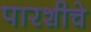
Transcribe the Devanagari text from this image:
पारशीचे